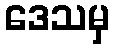
ဒေသမှ